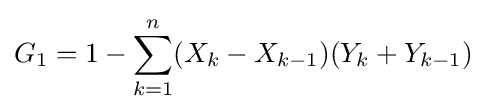
G_{1}=1-\sum _{k=1}^{n}(X_{k}-X_{k-1})(Y_{k}+Y_{k-1})